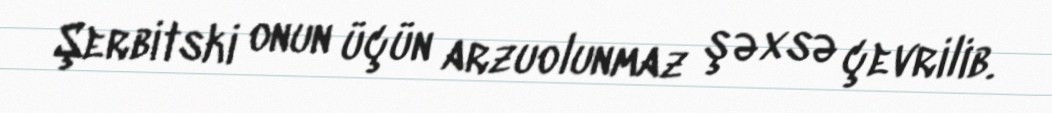
Şerbitski onun üçün arzuolunmaz şəxsə çevrilib.